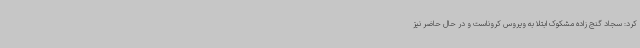
کرد: سجاد گنج زاده مشکوک ابتلا به ویروس کروناست و در حال حاضر نیز